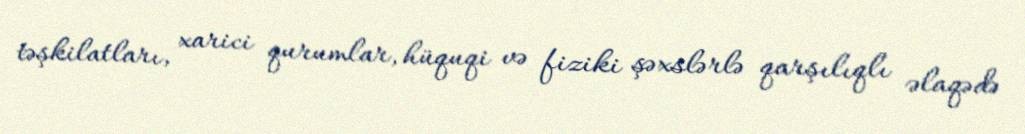
təşkilatları, xarici qurumlar, hüquqi və fiziki şəxslərlə qarşılıqlı əlaqədə